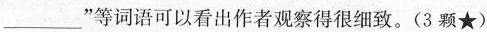
___”等词语可以看出作者观察得很细致。(3颗★)